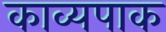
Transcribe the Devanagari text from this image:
काव्यपाक